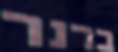
ברנר